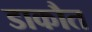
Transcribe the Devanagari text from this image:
डाकौत